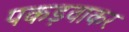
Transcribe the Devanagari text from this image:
पकड़वाकर